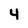
Character: 4